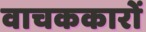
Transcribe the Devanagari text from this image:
वाचककारों